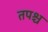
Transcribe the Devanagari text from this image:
तपश्च